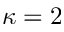
\kappa = 2